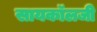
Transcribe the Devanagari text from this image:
सायकॉलजी